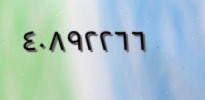
٤٠٨٩٢٢٦٦